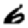
Digit: 6